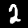
Digit: 2